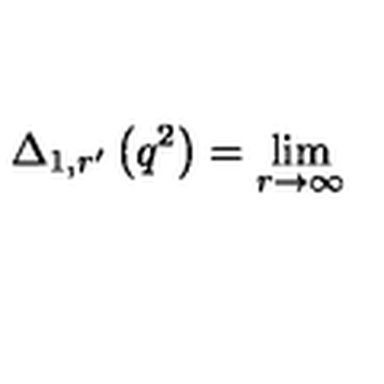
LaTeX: \Delta _ { 1 , r ^ { \prime } } \left( q ^ { 2 } \right) = \lim _ { r \rightarrow \infty }